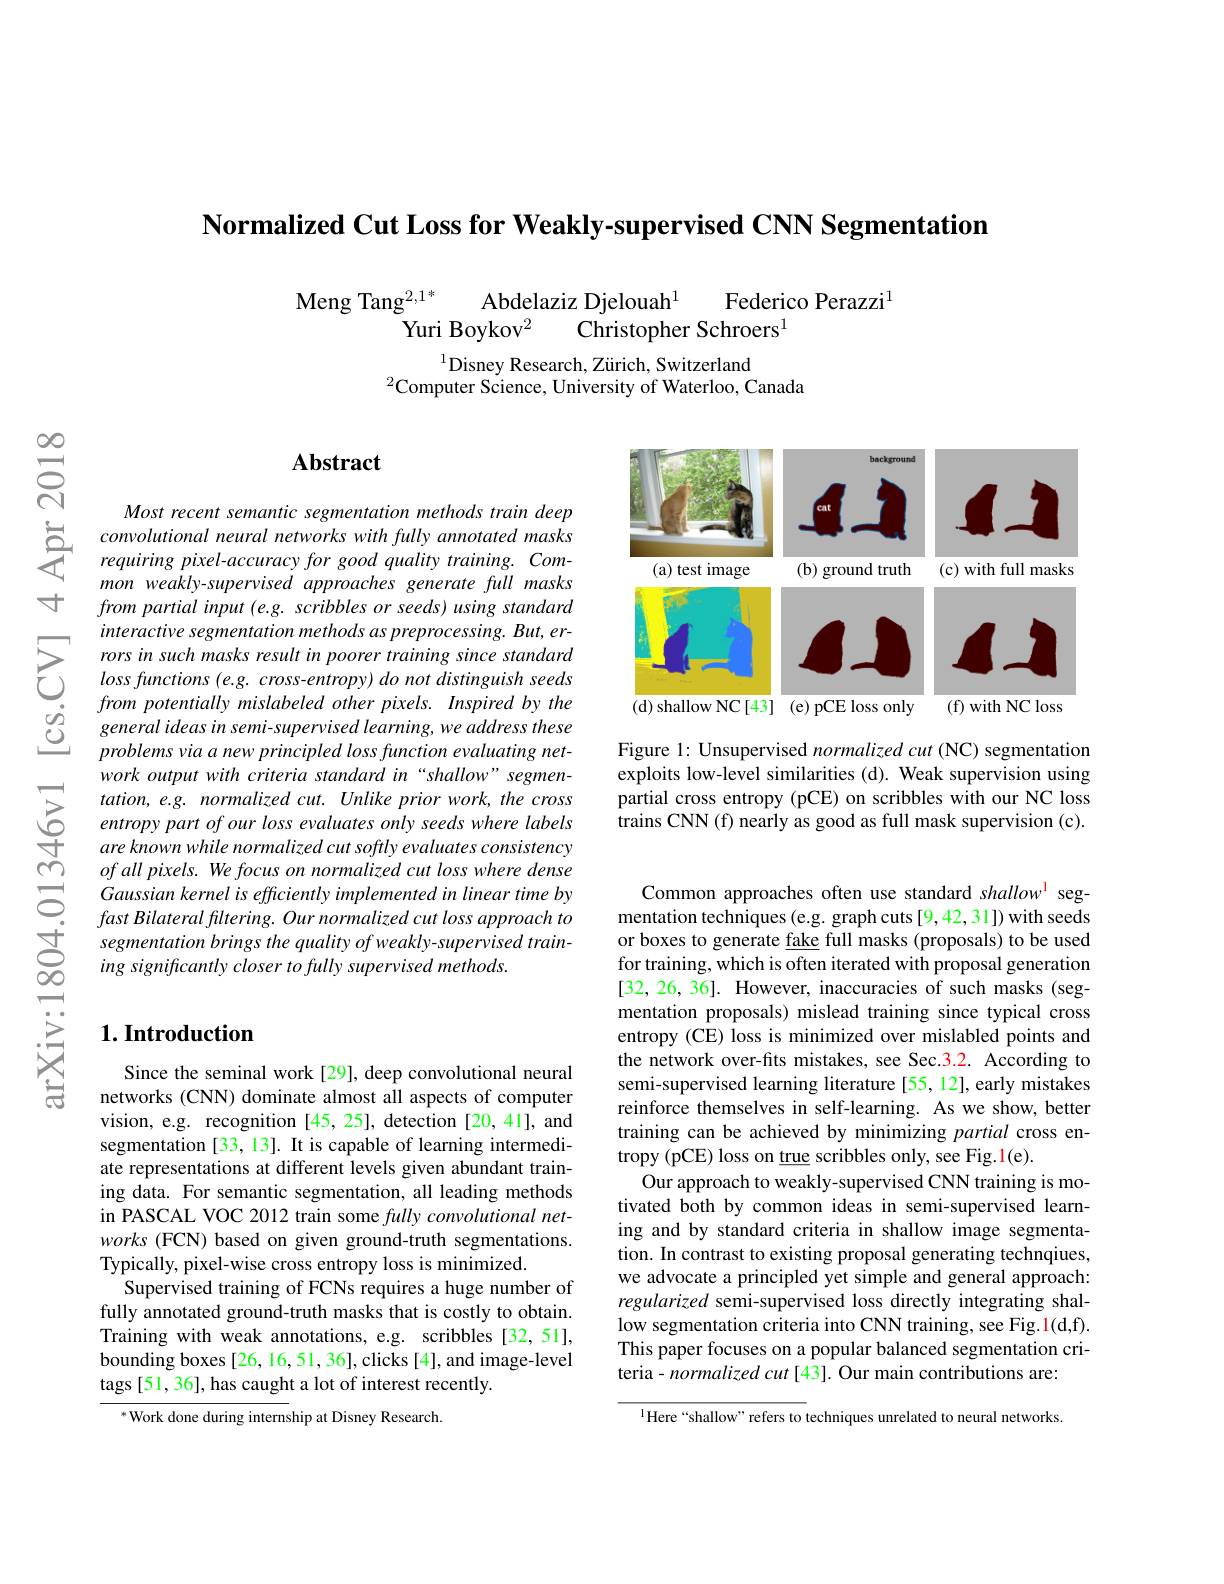
Normalized Cut Loss for Weakly-supervised CNN Segmentation

Federico Perazzi$^{1}$
${\mathrm{Meng~Tang}^{2, 1* }}$ ${\mathrm{Abdelaziz~Djelouah}^{1}}$
$\bar{\text{Yuri Boykov}^{2}}$ $\bar{\text{Chr}}$

$^{1}$Disney Research, Zürich, Switzerland
$^{2}$Computer Science, Univ

寸

$స్సి$

### $\mathbf{Abstract}$

Most recent semantic segment
mon weakly-supervised approa from partial input (e.g. scr
$\sum_{\begin{array}{lll}&\text{interactive segm}\end{array}}$
from potentially mislabeled
work output with criteria st tation, e.g. normalized cut. Unlike prior work, the cross entropy part of our loss eva are known while normalized cut softly evaluates consistency $ofallpixels.Wefocus on norm$ Gaussian kernel is efficiently implemented in linear time by fast Bilateral filtering. Our normalized cut loss approach to segmentation brings the quality of weakly-supervised training significantly closer to fully supervised methods.

### $1. \textbf{Introduction}$

Since the seminal work[29], deep convolutional neural networks (CNN) dominate almost all aspects of computer vision, e.g. recognition[45,25], detection[20,41], and segmentation [33, 13]. It is capable of learning intermediate representations at different levels given abundant training data. For semantic segmentation, all leading methods in PASCAL VOC 2012 train some fully convolutional networks (FCN) based on given ground-truth segmentations. Typically, pixel-wise cross entropy loss is minimized.
Supervised training of FCNs requires a huge number of fully annotated ground-truth masks that is costly to obtain. Training with weak annotations, e.g. scribbles [32,51], bounding boxes [26,16,51,36],clicks [4],and image-level tags [51, 36], has caught a lot of interest recently.

$^*$Work done during internship at Disney Research.

<FigureHere>

Figure 1: Unsupervised normalized cut (NC) segmentation exploits low-level similarities (d). Weak supervision using partial cross entropy (pCE) on scribbles with our NC loss trains CNN (f) nearly as good as full mask supervision (c).

Common approaches often use standard shallow$^{\mathrm{l}}$ segmentation techniques (e.g. graph cuts [9,42,31]) with seeds or boxes to generate fake full masks (proposals) to be used for training, which is often iterated with proposal generation [32,26,36]. However, inaccuracies of such masks (segmentation proposals) mislead training since typical cross entropy (CE) loss is minimized over mislabled points and the network over-fits mistakes, see Sec.3.2. According to semi-supervised learning literature [55,12], early mistakes reinforce themselves in self-learning. As we show, better training can be achieved by minimizing partial cross entropy (pCE) loss on true scribbles only, see Fig.$\color{red}{1}($e).
Our approach to weakly-supervised CNN training is motivated both by common ideas in semi-supervised learning and by standard criteria in shallow image segmentation. In contrast to existing proposal generating technqiues, we advocate a principled yet simple and general approach: regularized semi-supervised loss directly integrating shallow segmentation criteria into CNN training, see Fig.1(d,f). This paper focuses on a popular balanced segmentation criteria- normalized cut [43].

$^{\mathrm{l}}$Here“shallow” refers to techniques unrelated to neural networks.